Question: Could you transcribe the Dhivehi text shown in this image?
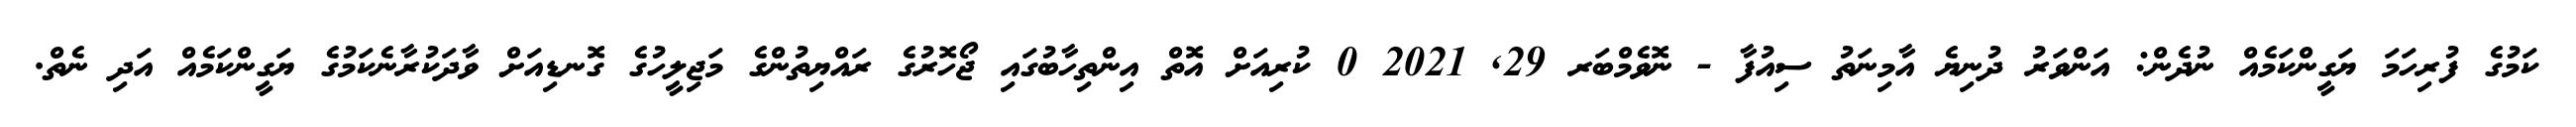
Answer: ކަމުގެ ފުރިހަމަ ޔަގީންކަމެއް ނުދެން: އަންވަރު ދުނިޔެ އާމިނަތު ސިއުފާ - ނޮވެމްބަރ 29, 2021 0 ކުރިއަށް އޮތް އިންތިހާބުގައި ޖޯހޮރުގެ ރައްޔިތުންގެ މަޖިލީހުގެ ގޮނޑިއަށް ވާދަކުރާނެކަމުގެ ޔަގީންކަމެއް އަދި ނެތް.